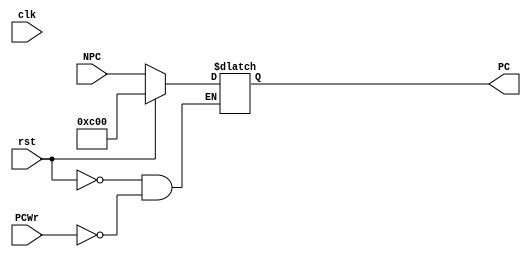
module PC( clk, rst, PCWr, NPC, PC );
           
   input         clk;
   input         rst;
   input         PCWr;
   input  [31:2] NPC;
   output [31:2] PC;
   
   reg [31:2] PC;
   reg [1:0] tmp;
               
   always @(*) begin
      if ( rst ) 
         {PC, tmp} <= 32'h0000_3000;   
      else if ( PCWr ) 
         PC <= NPC;
      $display("PC = %8X", {PC, 2'b00});
   end // end always
           
endmodule